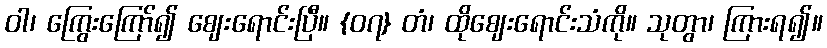
ဝါ၊ ကြွေးကြော်၍ ဈေးရောင်းပြီ။ {၀၇} တံ၊ ထိုဈေးရောင်းသံကို။ သုတွာ၊ ကြားရ၍။